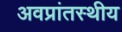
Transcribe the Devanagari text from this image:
अवप्रांतस्थीय